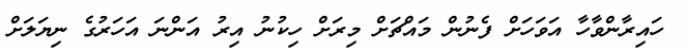
ހައިރާންވާހާ އަވަހަށް ފެނުން މައްޗަށް މިރަށް ހިކުނު އިރު އަންނަ އަހަރުގެ ނިޔަލަށް